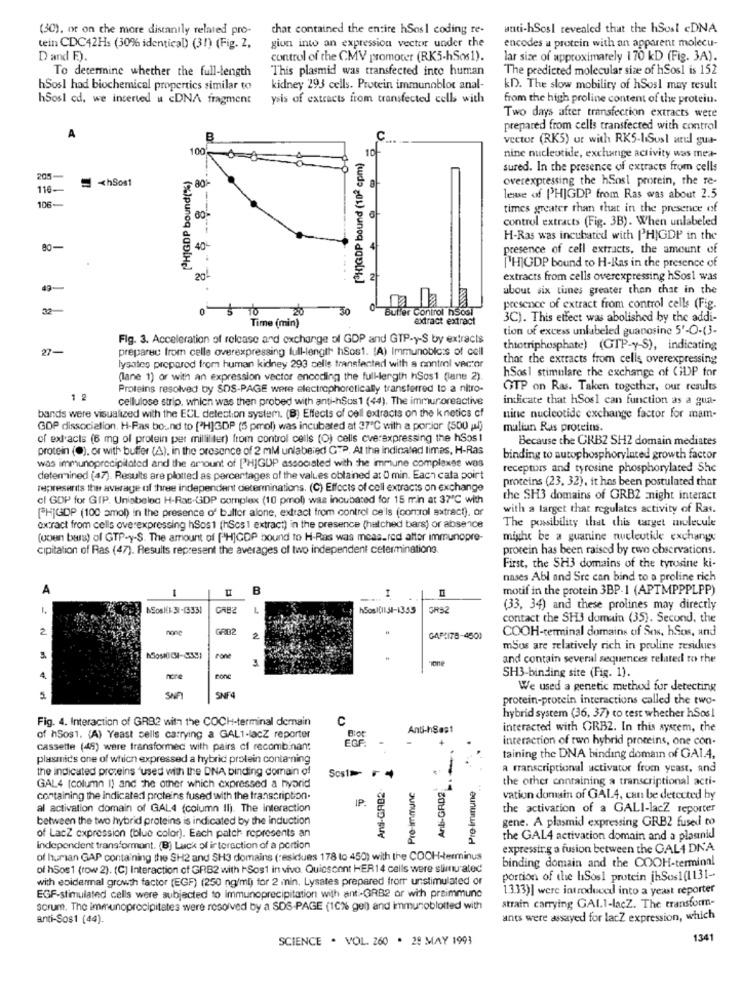
(30), or on the more distantly related pro-
that contained the entire hSos1 coding re-
anti-hSosl revealed that the hSosi cDNA
encodes a protein with an apparent molecu-
tein CDC42Hs (30% identical) (31) (Fig. 2,
gion into an expression vector under the
Dand E).
control of the CMV promoter (RK5-hSos1).
lar size of approximately 170 kD (Fig. 3A).
To determine whether the full-length
This plasmid was transfected into human
The predicted molecular size of hSosl is 152
hSos1 had biochemical propertics similar to
kidney 293 cells. Protein immunoblot anal-
kD. The slow mobility of hSosl may result
hSos1 cd. we inserted u cDNA fragment
ysis of extracts from transfected cells with
from the high proline content of the protein.
Two days after transfection extracts were
prepared from cells transfected with control
B
c.
vector (RK5) ut with RKS-IiSusl uru gua-
[ H]GDP bound (102 cpm)
10
100
nine nucleotide, exchange activity was med-
sured. In the presence of extracts from cells
205
= < hSos1
PHIGDP bound(%)
80
overexpressing the hSos! prorein, the re-
116-
lease of PHIGDP from Ras was about 2.5
106-
times greater than that in the presence of
control extracts (Fig. 3B). When unlabeled
H-Ras was incubated with ['HIGDP in the
40
presence of cell extracts, the amount of
['HIGDP bound to H-Ras in the presence of
20
extracts from cells overexpressing hSos1 was
49-
about six times greater than that in the
32
0 $ 10
20
30
Buffer Control hSosi
presence of extract from control cells (Fig.
extract extract
3C). This effect was abolished by the addi-
Time (min)
tion of excess unlabeled guanosine 5'-O-(3-
Fig. 3. Acceleration of release and exchange of GDP and GTP-y-S by extracts
27-
preparec from celle overexpressing full-length hSos1. [A) Immunobic:s of cell
thiotriphosphate) (GTP-y-S), indicating
that the extracts from cells overexpressing
lysates prepared from human kidney 293 cells transfected with a control vector
hSos1 stimulare the exchange of GDP for
(lane 1) or with an expression vector encoding the full-length hSos1 (lane 2).
Proteins resolved by SDS-PAGE were electrophoretically transferred to a nitro-
OTP on Ras. Taken together, our results
1
cellulose strip, which was then probed with anti-hSos1 (44). The immuroreactive
indicate that hSosl can function as a gua-
bands were visualized with the ECL detection system. (B) Effects of cell extracts on the k netics cf
nine nucleotide exchange factor for mam-
GOP dissociation. H-Pas bound to [H]GDP (5 pmol) was incubated at 37℃ with a porjor (500 ml)
malian Ras proteins.
of extracts (6 mg of protein per milliliter) from control cells (O) cells cverexpressing the hSos1
Because the CRB2 SH2 domain mediates
protein (0), or with buffer (A), in the presence of 2 mM unlabeled GTP, At the indicated limas, H-Ras
was immunoprecipitated and the amount of ["HJGDP associated with the immune complexes wos
binding to autophosphorylated growth factor
receptors and tyrosine phosphorylated She
determined (47). Results are plotted as percentages of the values obtained at 0 min. Each cata poirt
proteins (23, 32), it has been postulated that
represents the average of three independent determinations. (C) Effects of cell extracts on exchange
of GDP for GIP. Unisbelec H-Rac-GDP complex (10 pmol) was incubated for 15 min at 37"℃ with
the SH3 domains of GRB2 night interact
[H]GDP (100 amol) in the presence of bulter alone, extract from control ce'ls (control extract), or
with a target that regulates activity of Ras.
oxtract from cells overexpressing hSos1 (hSos1 extract) in the presence (hatched bars) or absence
The possibility that this target molecule
(uoen buss) of GTP-y-S. The amount of [H]GOP bound to H-Ras was measured after immunopre-
might be a guanine nucleutide exchange
cipitation of Ras (47). Results represent the averages of two independent ceterminations.
protein has been raised by two observations.
First, the SH3 domains of the tyrosine ki-
nases Abl and Sre can bind to a proline rich
A
I
B
motif in the protein 3BP-1 (APTMPPPLPP)
.... 1
NSoslik 31-13331
hSos 1011 31-1355
GR52
(33, 34) and these prolines may directly
contact the SH3 domain (35). Second, the
2
none
COOH-terminal domains of Sos, hSos, and
2
mSos are relatively rich in proline residues
Pone
and contain several sequences related to the
SH3-binding site (Fig. 1).
4
nore
We used a genetic method for detecting
SNF
SNF4
protein-protein interactions called the two-
Fig. 4. Interaction of GR92 with the COCH-terminal demain
C
hybrid system (36, 37) to test whether hSos 1
Anti-hSas1
interacted with GRB2. In this system, the
of hSos1. (A) Yeast cells carrying a GAL1-lacZ reporter
EGE
Blot
interaction of two hybrid promeins, one con-
cassette (45) were transformed with pairs of recombinan:
plasmids one of which expressed a hybrid protein conta-ning
taining the DNA binding domain of GAIA,
the indicated proteins 'used with the DNA binding domain of
Sos1>F
Anbi-GRD2
a transcriptional activator from yeast, and
And-GRB2-
the other containing a transcriptional acti-
GAL4 (column I) and the other which expressed a hybrid
Pre-immune
Pre-Iminune
containing the indicated proteins fused with the transcription.
IP.
vation domain of GAL4, can be detected by
al activation domain of GAL4 (column Il). The interaction
the activation of a GALI-lacZ reporter
between the two hybrid proteins is indicated by the induction
gene. A plasmid expressing GRB2 fused to
of LacZ expression (blue color). Each patch represents an
the GAL4 activation domain and a plaunid
Independent transformant. (B) Lack of interaction of a portion
expressing a fusion between the GALA DNA
of human GAP containing the SH2 and SH3 domains (residues 178 to 450) with the COCH-terminus
of hSos1 (row 2). (C] Interaction of GRB2 with ISos1 in vivo. Quiescent HER14 cells were slimnu ated
binding domain and the COOH-terminal
with epidermal growth factor (EGF) (250 ng/ml) for 2 min. Lysates prepared fromr unstimulated or
portion of the hSosl protein jhSos1(1131-
1333)] were introduced into a yeast reporter
EGF-stimulated cells were subjected to immunoprecipitation with ant -GRB2 or with preimmune
sorum. The immunoprecipitates were resolved by a SDS-PAGE (10%% gen) and immunoblotted with
strain carrying GAL.1-lacZ. The transform-
anti-Sos1 (44).
ants were assayed for lacZ expression, which
SCIENCE . VOL. 260 . 28 MAY 1991
134